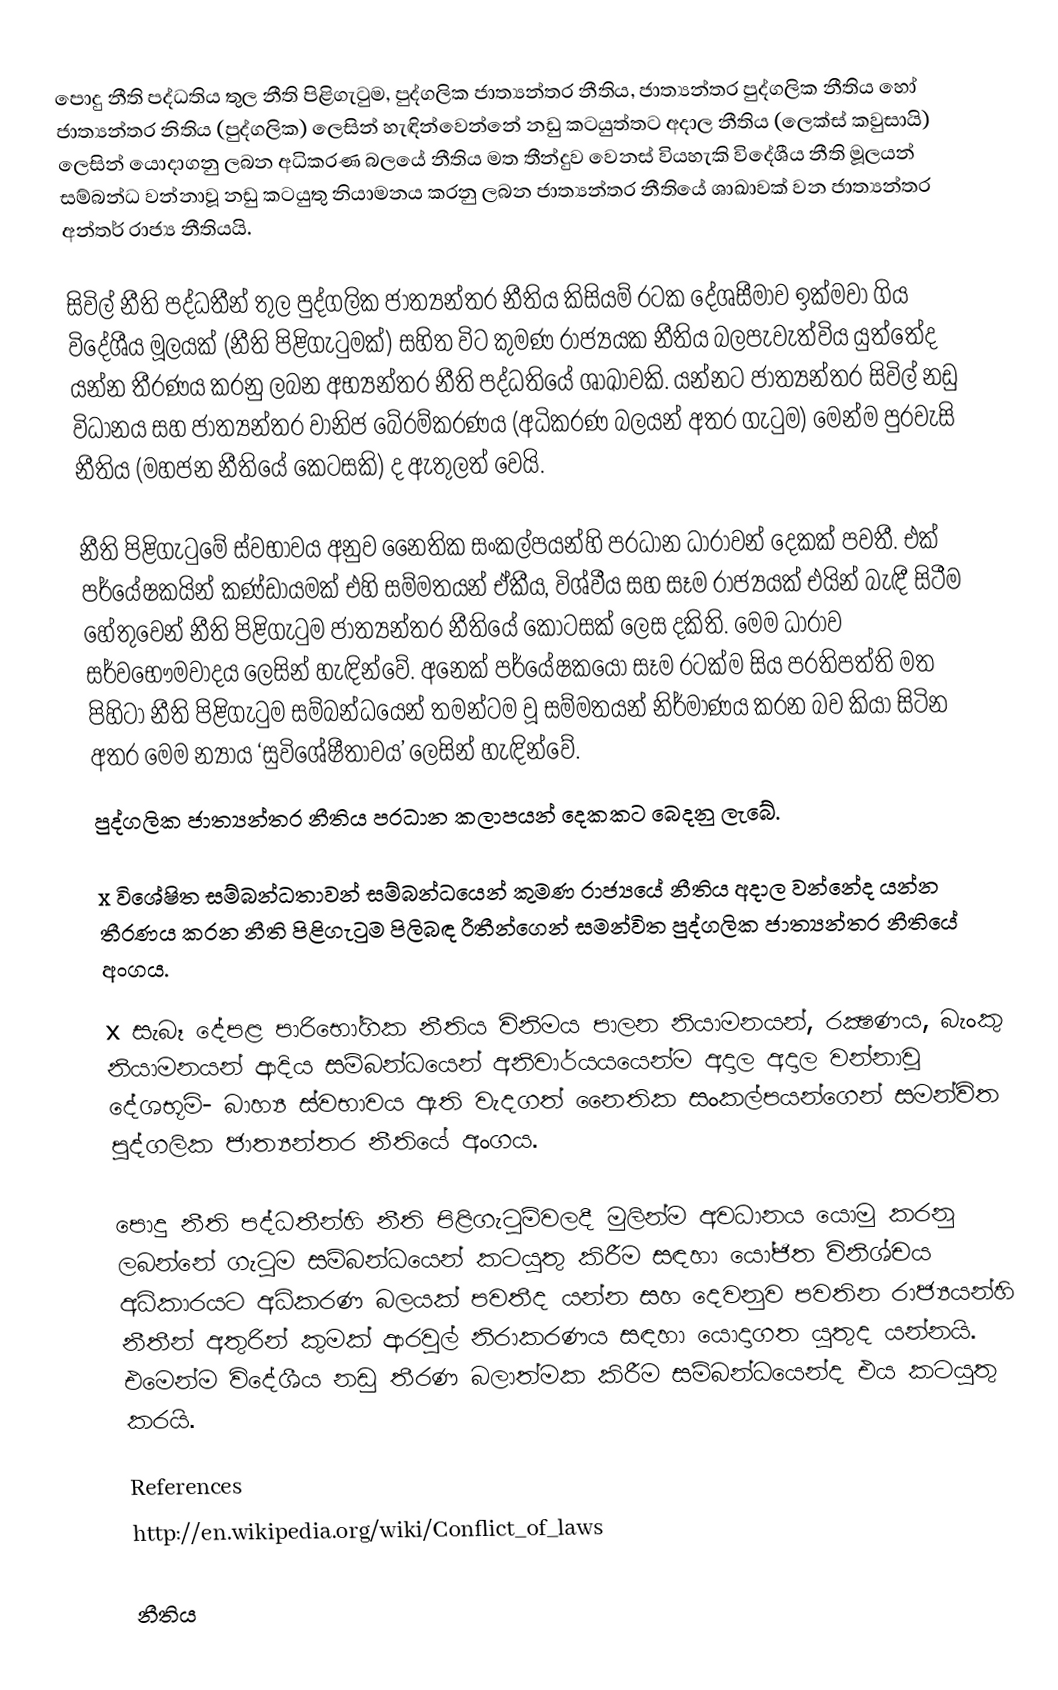
පොදු නීති පද්ධතිය තුල නීති පිළිගැටුම, පුද්ගලික ජාත්‍යන්තර නීතිය, ජාත්‍යන්තර පුද්ගලික නීතිය හෝ ජාත්‍යන්තර නිතිය (පුද්ගලික) ලෙසින් හැඳින්වෙන්නේ නඩු කටයුත්තට අදාල නීතිය (ලෙක්ස් කවුසායි)  ලෙසින් යොදාගනු ලබන අධිකරණ බලයේ නීතිය මත තීන්දුව වෙනස් වියහැකි විදේශීය නීති මූලයන් සම්බන්ධ වන්නාවූ නඩු කටයුතු නියාමනය කරනු ලබන ජාත්‍යන්තර නීතියේ ශාඛාවක් වන ජාත්‍යන්තර අන්තර් රාජ්‍ය නීතියයි.

සිවිල් නීති පද්ධතීන් තුල පුද්ගලික ජාත්‍යන්තර නීතිය කිසියම් රටක දේශසීමාව ඉක්මවා ගිය විදේශීය මූලයක් (නීති පිළිගැටුමක්) සහිත විට කුමණ රාජ්‍යයක නීතිය බලපැවැත්විය යුත්තේද යන්න තීරණය කරනු ලබන අභ්‍යන්තර නීති පද්ධතියේ ශාඛාවකි. යන්නට ජාත්‍යන්තර සිවිල් නඩු විධානය සහ ජාත්‍යන්තර වානිජ බේරම්කරණය (අධිකරණ බලයන් අතර ගැටුම) මෙන්ම පුරවැසි නීතිය (මහජන නීතියේ කෙටසකි) ද ඇතුලත් වෙයි.

නීති පිළිගැටුමේ ස්වභාවය අනුව නෛතික සංකල්පයන්හි ප‍්‍රධාන ධාරාවන් දෙකක් පවතී. එක් පර්යේෂකයින් කණ්ඩායමක් එහි සම්මතයන් ඒකීය, විශ්වීය සහ සෑම රාජ්‍යයක් එයින් බැඳී සිටීම හේතුවෙන් නීති පිළිගැටුම ජාත්‍යන්තර නීතියේ කොටසක් ලෙස දකිති. මෙම ධාරාව සර්වභෞමවාදය ලෙසින් හැඳින්වේ. අනෙක් පර්යේෂකයෝ සෑම රටක්ම සිය ප‍්‍රතිපත්ති මත පිහිටා නීති පිළිගැටුම සම්බන්ධයෙන් තමන්ටම වූ සම්මතයන් නිර්මාණය කරන බව කියා සිටින අතර මෙම න්‍යාය ‘සුවිශේෂීතාවය’ ලෙසින් හැඳින්වේ.
පුද්ගලික ජාත්‍යන්තර නීතිය ප‍්‍රධාන කලාපයන් දෙකකට බෙදනු ලැබේ.

x	විශේෂිත සම්බන්ධතාවන් සම්බන්ධයෙන් කුමණ රාජ්‍යයේ නීතිය අදාල වන්නේද යන්න තීරණය කරන නීති පිළිගැටුම පිලිබඳ රීතීන්ගෙන් සමන්විත පුද්ගලික ජාත්‍යන්තර නීතියේ අංගය.

x	සැබෑ දේපළ පාරිභෝගික නීතිය විනිමය පාලන නියාමනයන්, රක්‍ෂණය, බැංකු නියාමනයන් ආදිය සම්බන්ධයෙන් අනිවාර්යයයෙන්ම අදාල අදාල වන්නාවූ දේශභූමි- බාහ්‍ය ස්වභාවය ඇති වැදගත් නෛතික සංකල්පයන්ගෙන් සමන්විත පුද්ගලික ජාත්‍යන්තර නීතියේ අංගය.

පොදු නීති පද්ධතීන්හි නීති පිළිගැටුම්වලදී මුලින්ම අවධානය යොමු කරනු ලබන්නේ ගැටුම සම්බන්ධයෙන් කටයුතු කිරීම සඳහා යෝජිත විනිශ්චය අධිකාරයට අධිකරණ බලයක් පවතීද යන්න සහ දෙවනුව පවතින රාජ්‍යයන්හි නීතීන් අතුරින් කුමක් ආරවුල් නිරාකරණය සඳහා යොදාගත යුතුද යන්නයි. එමෙන්ම විදේශීය නඩු තීරණ බලාත්මක කිරීම සම්බන්ධයෙන්ද එය කටයුතු කරයි.

References
http://en.wikipedia.org/wiki/Conflict_of_laws

 නීතිය